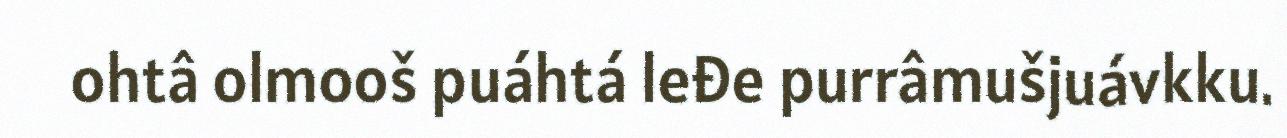
ohtâ olmooš puáhtá leđe purrâmušjuávkku.